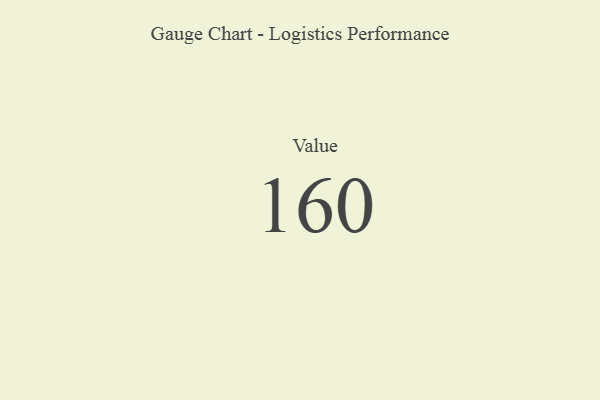
{"axis": {"x": "Metric", "y": "Value"}, "legend": [""], "data": [{"x": "Value", "y": 160, "type": ""}]}